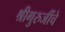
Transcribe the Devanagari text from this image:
श्रीगुरुजींचे